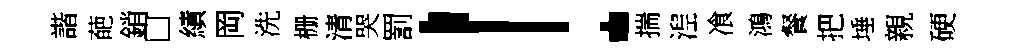
諧葩銷□績岡洗栅清哭罰！揣湼飡鴻餐把埵親硬